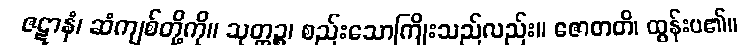
ဇဋာနံ၊ ဆံကျစ်တို့ကို။ သုတ္တဉ္စ၊ စည်းသောကြိုးသည်လည်း။ ဇောတတိ၊ ထွန်းပ၏။